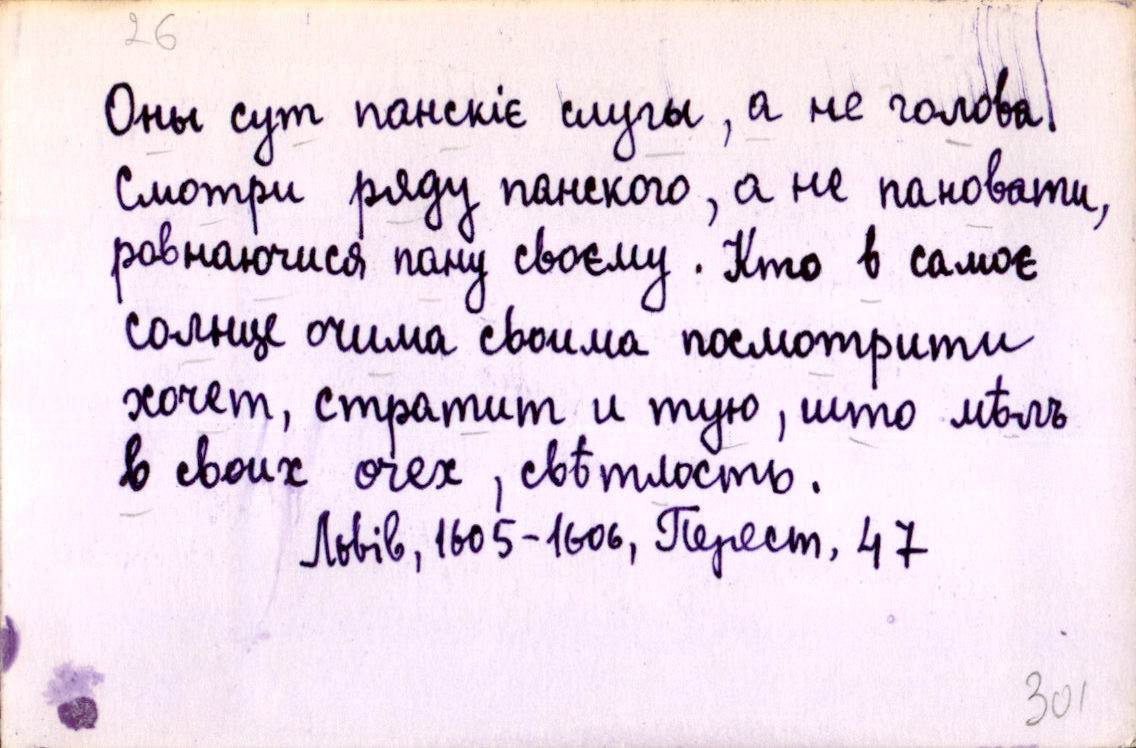
Оны сут панскіє слугы, а не голова.
Смотри ряду панского, а не пановати,
ровнаючися пану своєму. Кто в самоє
солнце очима своима посмотрити
хочет, стратит и тую, што мѣлъ
в своих очех, свѣтлость.
Львів, 1605-1606, Перест. 47